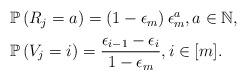
LaTeX: \begin{align*}\begin{aligned}&\mathbb{P}\left(R_j=a\right)=\left(1-\epsilon_m\right)\epsilon^a_m, a\in\mathbb{N},\\&\mathbb{P}\left(V_j=i\right)=\frac{\epsilon_{i-1}-\epsilon_i}{1-\epsilon_m}, i\in[m].\end{aligned}\end{align*}